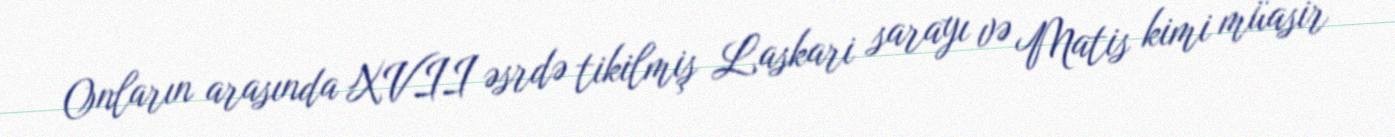
Onların arasında XVII əsrdə tikilmiş Laskari sarayı və Matis kimi müasir